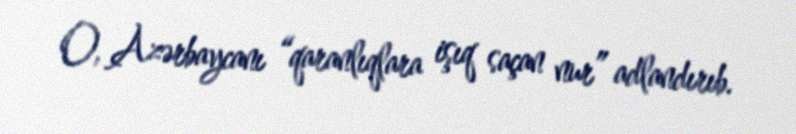
O, Azərbaycanı “qaranlıqlara işıq saçan nur” adlandırıb.